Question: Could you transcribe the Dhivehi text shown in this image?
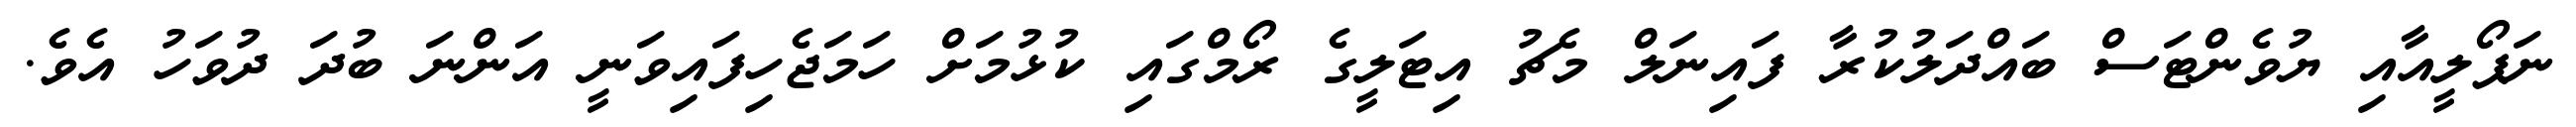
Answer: ނަޕޯލީއާއި ޔުވެންޓަސް ބައްދަލުކުރާ ފައިނަލް މެޗު އިޓަލީގެ ރޯމްގައި ކުޅުމަށް ހަމަޖެހިފައިވަނީ އަންނަ ބުދަ ދުވަހު އެވެ.